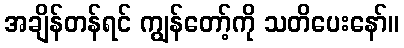
အချိန်တန်ရင် ကျွန်တော့်ကို သတိပေးနော်။